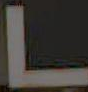
L